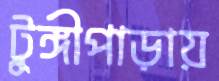
টুঙ্গীপাড়ায়